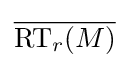
{\overline {{\text{RT}}_{r}(M)}}